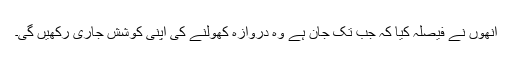
انھوں نے فیصلہ کیا کہ جب تک جان ہے وہ دروازہ کھولنے کی اپنی کوشش جاری رکھیں گی۔